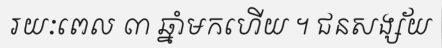
រយៈពេល ៣ ឆ្នាំមកហើយ ។ ជនសង្ស័យ